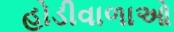
હોડીવાળાઓ